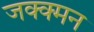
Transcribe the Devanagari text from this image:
जक्क्मन